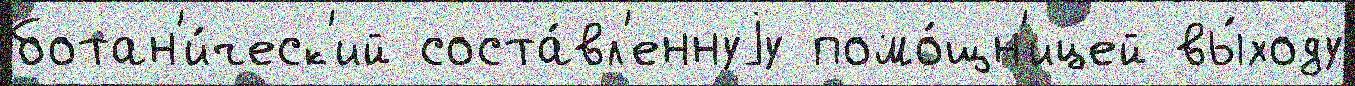
ботан'и́ческ'ий соста́вл'еннуjу помо́щн'ицей вы́ходу